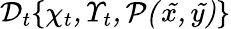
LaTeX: \cal{D}_{t}\{ \chi_{t},\Upsilon_{t},P(\tilde{x},\tilde{y})\}